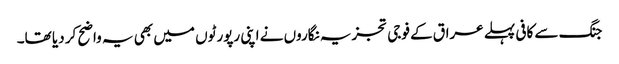
جنگ سے کافی پہلے عراق کے فوجی تجزیہ نگاروں نے اپنی رپورٹوں میں بھی یہ واضح کر دیا تھا۔